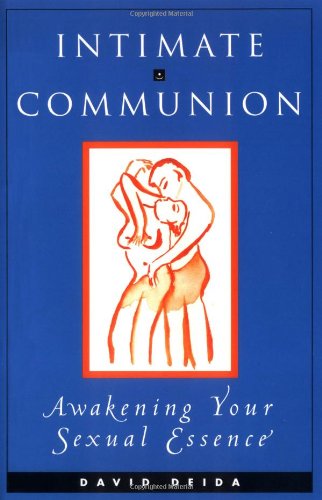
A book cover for Intimate Communion: Awakening Your Sexual Essence; David Deida; Health, Fitness & Dieting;